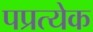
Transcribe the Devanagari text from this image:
पप्रत्येक